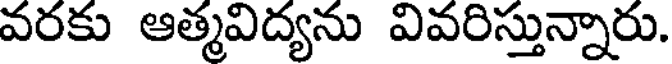
వరకు ఆత్మవిద్యను వివరిస్తున్నారు.